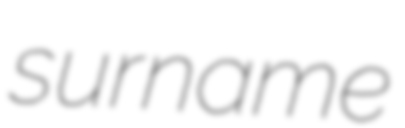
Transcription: surname